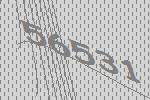
56531